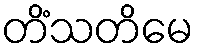
တိံသတိမေ